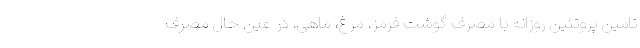
تامین پروتئین روزانه با مصرف گوشت قرمز، مرغ، ماهی، در عین حال مصرف